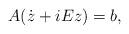
LaTeX: \begin{align*}A(\dot z+iEz) = b,\end{align*}